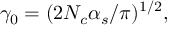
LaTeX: \gamma _ { 0 } = ( 2 N _ { c } \alpha _ { s } / \pi ) ^ { 1 / 2 } ,